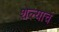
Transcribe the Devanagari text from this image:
शेल्याचं